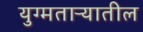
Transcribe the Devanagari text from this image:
युग्मताऱ्यातील